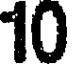
10